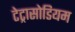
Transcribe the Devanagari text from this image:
टेट्रासोडियम